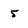
Character: 5